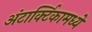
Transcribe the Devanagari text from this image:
अंटार्क्टिकामध्ये